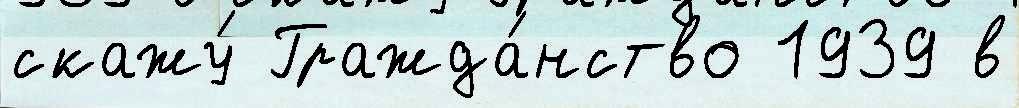
скажу́ Гражда́нство 1939 в